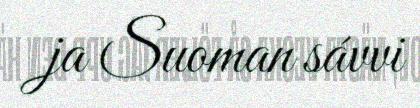
ja Suoman sávvi